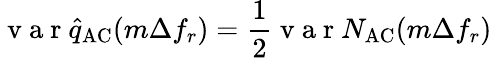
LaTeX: \mathrm{~v~a~r~}\hat{q}_{\mathrm{AC}}(m\Delta f_{r})=\frac{1}{2}\mathrm{~v~a~r~}N_{\mathrm{AC}}(m\Delta f_{r})